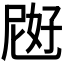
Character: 𱙜